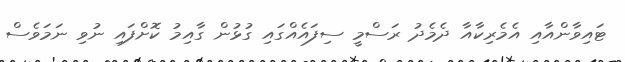
ޓައިވާންއާއި އެމެރިކާއާ ދެމެދު ރަސްމީ ސިފައެއްގައި ގުޅުން ގާއިމު ކޮށްފައި ނުވި ނަމަވެސް